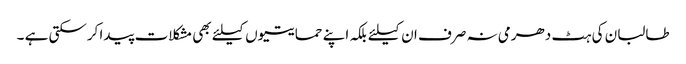
طالبان کی ہٹ دھرمی نہ صرف ان کیلئے بلکہ اپنے حمایتیوں کیلئے بھی مشکلات پیدا کرسکتی ہے ۔